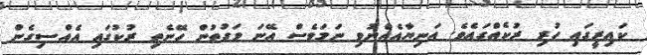
ކައިރީގައި ހުރި ރުކެއްގައެވެ. އަނިޔާއެއްނުވި ނަމަވެސް އޭނަ ވަގުތުން ހޭނެތި ރުކުގައި އެއްސިގެން